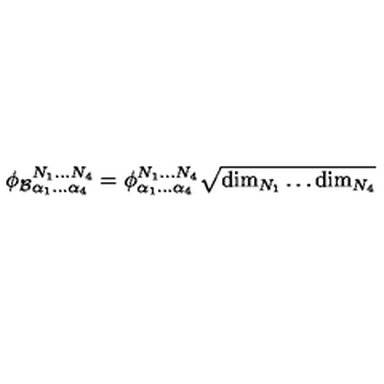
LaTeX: \phi _ { \mathcal { B } } { } _ { \alpha _ { 1 } \ldots \alpha _ { 4 } } ^ { N _ { 1 } \ldots N _ { 4 } } = \phi _ { \alpha _ { 1 } \ldots \alpha _ { 4 } } ^ { N _ { 1 } \ldots N _ { 4 } } \sqrt { \mathrm { d i m } _ { N _ { 1 } } \ldots \mathrm { d i m } _ { N _ { 4 } } }